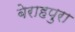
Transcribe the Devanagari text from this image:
बेराहपुरा